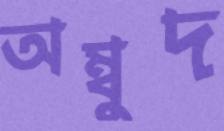
অম্বুদ